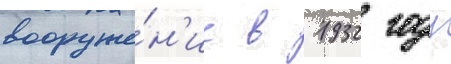
вооруже́н'ие в 1932 году